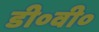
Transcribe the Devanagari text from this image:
डी०वी०